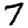
Digit: 7